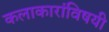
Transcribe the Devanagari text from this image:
कलाकारांविषयी